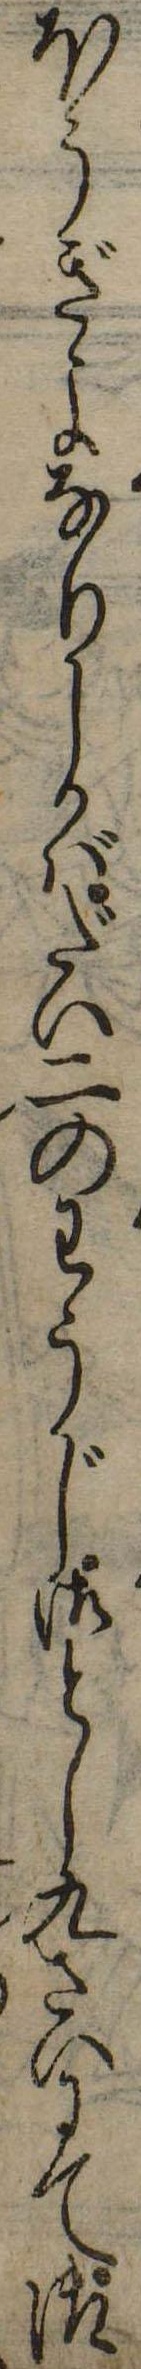
ほうぎよなりしかばだい二のわうじ御とし九さいにて御